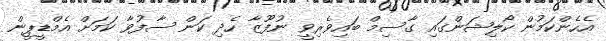
އެހެންކަމުން ކޯލިޝަންގައި ގާސިމް ބައިވެރިވީ ނުފޫޒާ ހެދި ކަން ސާފުވާ ކަމަށް އެމްޑީޕީން